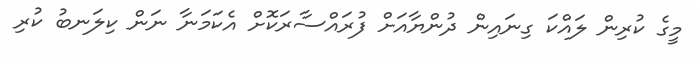
މީގެ ކުރިން ލައްކަ ގިނައިން ދުންޔާއަށް ފުރައްސާރަކޮށް އެކަމަނާ ނަން ކިލަނބު ކުރި